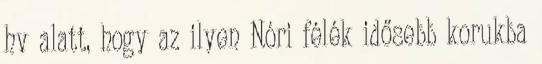
hv alatt, hogy az ilyen Nóri félék idősebb korukba